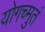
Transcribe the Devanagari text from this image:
योगच्मुतं